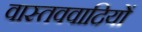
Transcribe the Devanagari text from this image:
वास्तववादियों